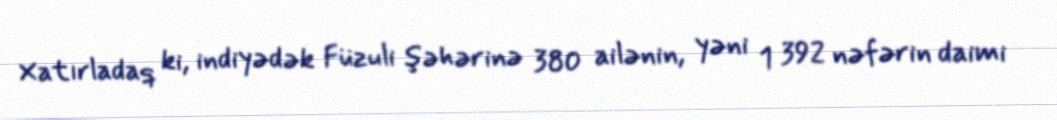
Xatırladaq ki, indiyədək Füzuli şəhərinə 380 ailənin, yəni 1 392 nəfərin daimi